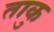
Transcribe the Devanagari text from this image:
ताकु